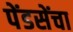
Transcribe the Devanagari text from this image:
पेंडसेंचा